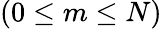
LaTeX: (0\le m\le N)